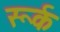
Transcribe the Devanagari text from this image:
रूर्क